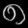
Digit: ၈